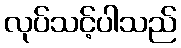
လုပ်သင့်ပါသည်